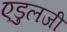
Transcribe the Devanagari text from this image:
एडुलजी